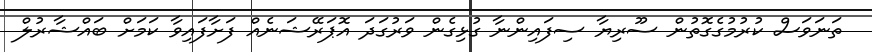
ތަނަވަސް ކުރުމުގެގޮތުން ސޫރިޔާ ސިފައިންނާ ގުޅިގެން ވަރުގަދަ އޮޕަރޭޝަނެއް ފަށާފައިވާ ކަމަށް ބައްޝާރުލް